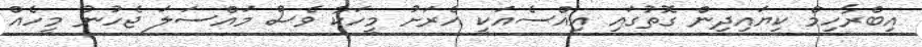
އިބްރާހިމް ކިޔައިދިން ގޮތުގައި އިއްސެއަކީ އެރަށު މީހަކާ ވެސް މައްސަލަ ޖެހުނު މީހެއް